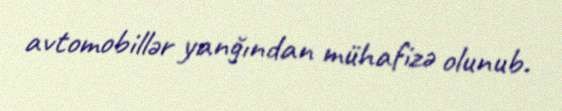
avtomobillər yanğından mühafizə olunub.